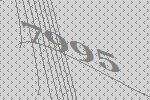
7995